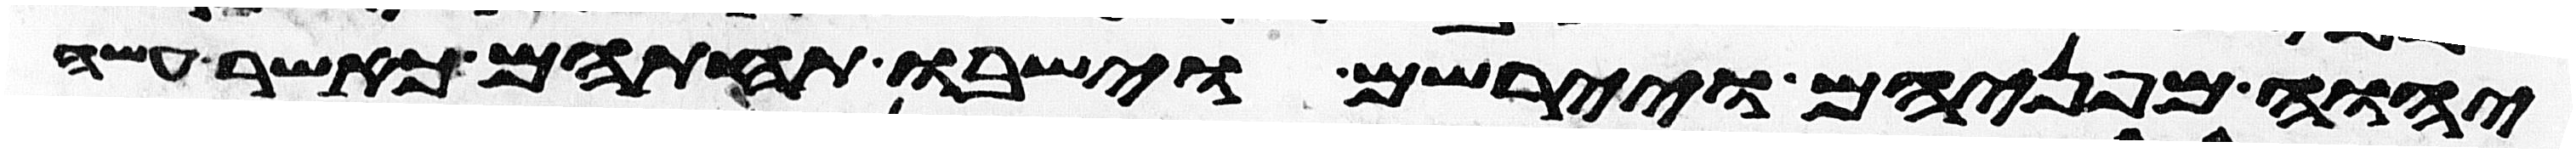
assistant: יהוה מפניהם ויירשום וישבו תחתיהם כאשר עשה